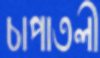
চাপাতলী